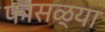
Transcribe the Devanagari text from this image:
फासळ्या